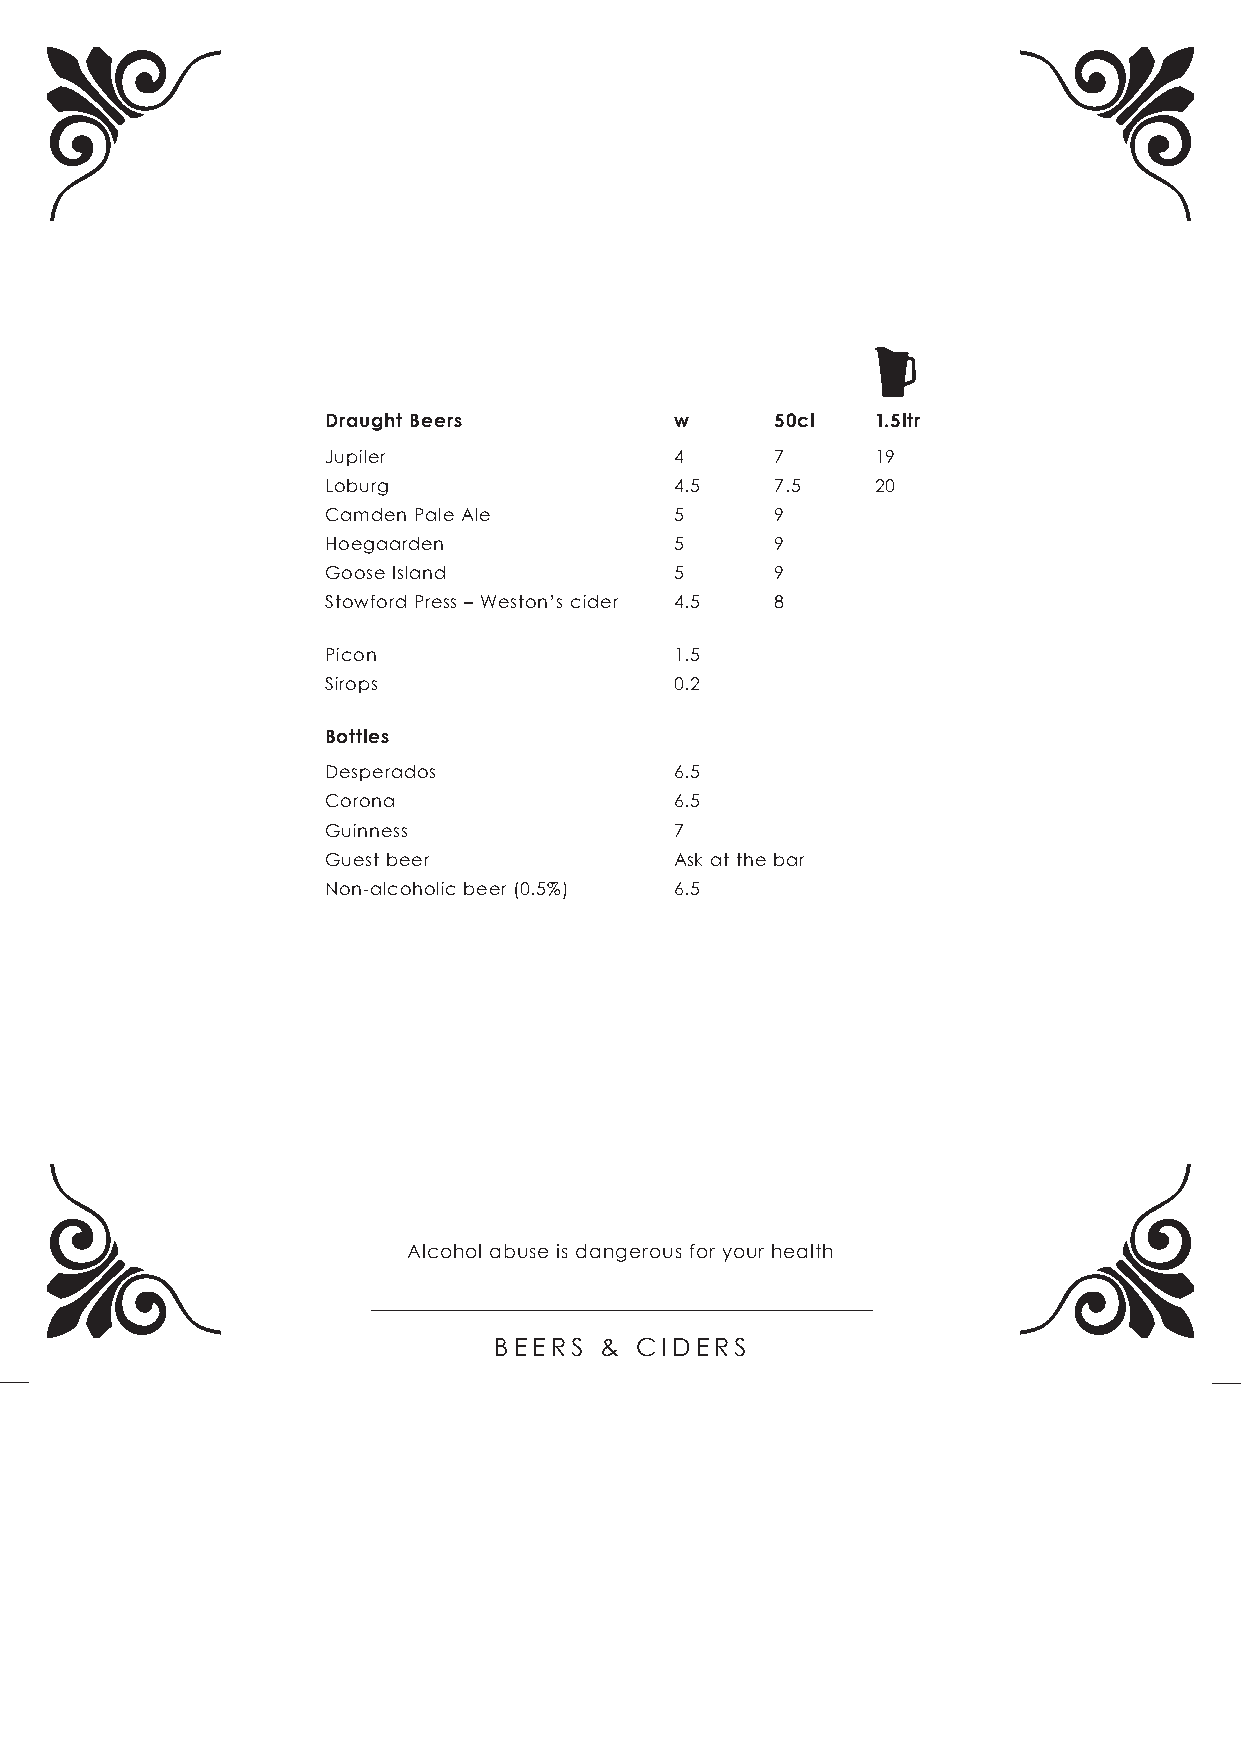
Draught Beers          w     50cl   1.5ltr
 Jupiler                4     7      19
 Loburg                 4.5   7.5    20
 Camden Pale Ale        5     9
 Hoegaarden             5     9
 Goose Island           5     9
 Stowford Press – Weston’s cider 4.5 8
 Picon                 1.5
 Sirops                0.2
 Bottles
 Desperados            6.5
 Corona                 6.5
 Guinness              7
 Guest beer             Ask at the bar
 Non-alcoholic beer (0.5%) 6.5
 Alcohol abuse is dangerous for your health
 BEERS  & CIDERS